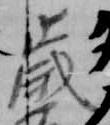
歳